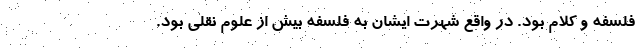
فلسفه و کلام بود. در واقع شهرت ایشان به فلسفه بیش از علوم نقلی بود.